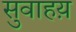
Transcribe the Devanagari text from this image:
सुवाहय़